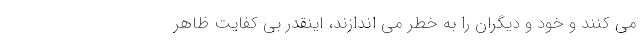
می کنند و خود و دیگران را به خطر می اندازند، اینقدر بی کفایت ظاهر